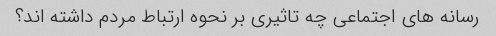
رسانه های اجتماعی چه تاثیری بر نحوه ارتباط مردم داشته اند؟